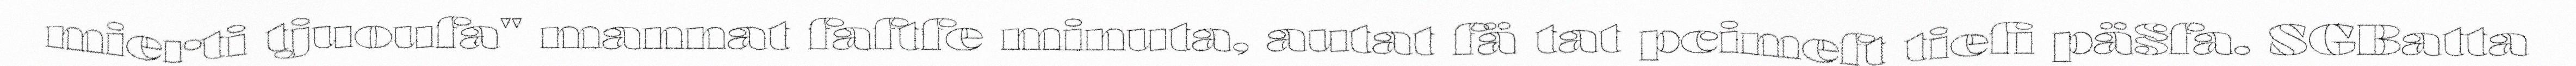
mierti tjuoufa" mannat faftfe minuta, autat fä tat pcimeft tiefi pä§fa. SGBatta